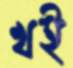
খই